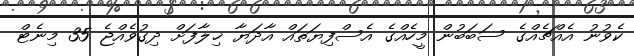
ކެވުނު އެއްޗެއްގެ ސަބަބުން މީހެއްގެ އެސްފިޔަތައް އާދަޔާ ޚިލާފަށް ދިގުވެއްޖެ 35 މިނެޓް